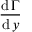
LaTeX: \frac { \operatorname { d } \Gamma } { \operatorname { d } y }